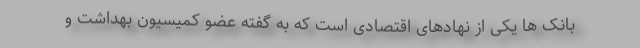
بانک ها یکی از نهادهای اقتصادی است که به گفته عضو کمیسیون بهداشت و